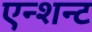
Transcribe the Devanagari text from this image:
एन्शन्ट